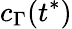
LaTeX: c_{\Gamma}(t^{*})